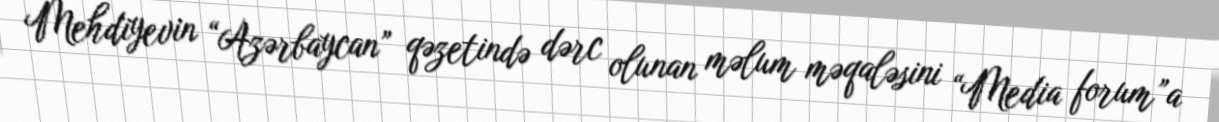
Mehdiyevin “Azərbaycan” qəzetində dərc olunan məlum məqaləsini “Media forum”a